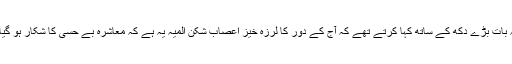
وہ یہ بات بڑے دکھ کے ساتھ کہا کرتے تھے کہ آج کے دور کا لرزہ خیز اعصاب شکن المیہ یہ ہے کہ معاشرہ بے حسی کا شکار ہو گیا ہے۔